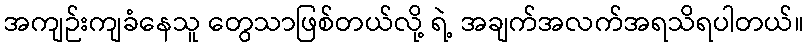
အကျဉ်းကျခံနေသူ တွေသာဖြစ်တယ်လို့ ရဲ့ အချက်အလက်အရသိရပါတယ်။